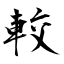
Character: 較